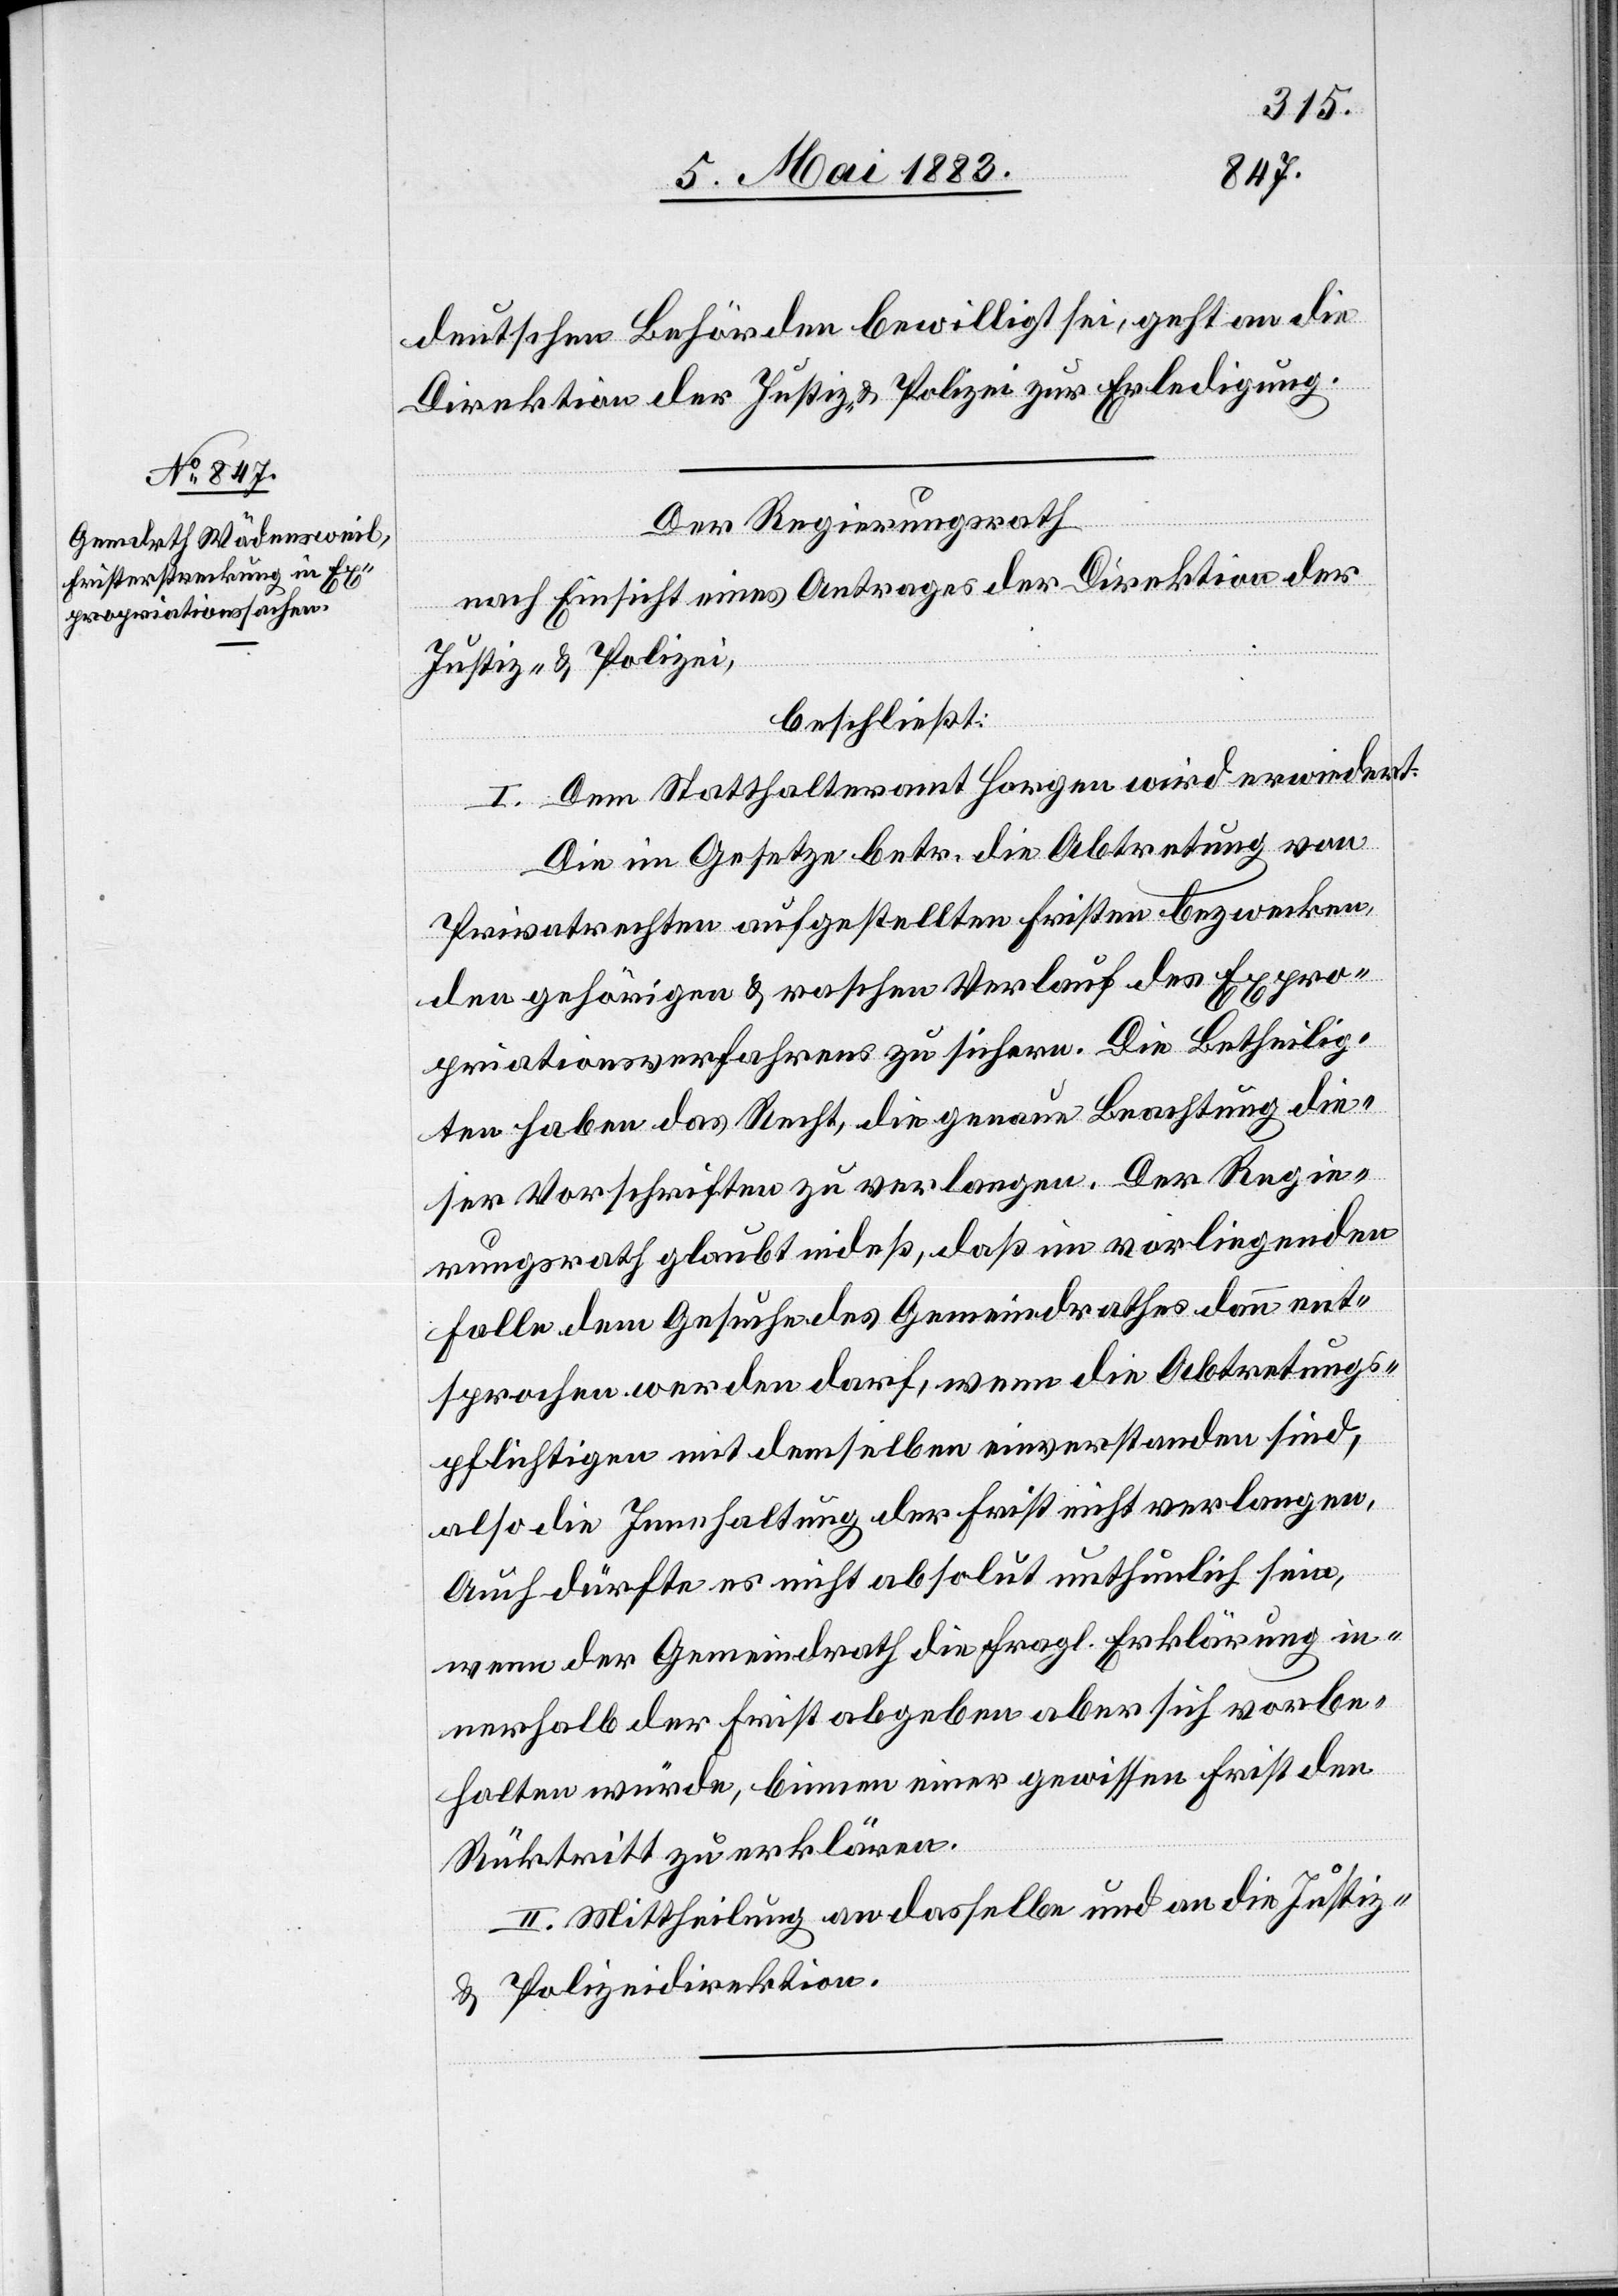
10. Mai 1883.]
deutschen Behörden bewilligt sei, geht an die
Direktion der Justiz & Polizei zur Erledigung.
Der Regierungsrath
nach Einsicht eines Antrages der Direktion der
Justiz & Polizei,
beschließt:
I. Dem Statthalteramt Horgen wird erwiedert:
Die im Gesetze betr. die Abtretung von
Privatrechten aufgestellten Fristen bezwecken,
den gehörigen & raschen Verlauf des Expro¬
priationsverfahrens zu sichern. Die Betheilig¬
ten haben das Recht, die genaue Beachtung die¬
ser Vorschriften zu verlangen. Der Regie¬
rungsrath glaubt indeß, daß im vorliegenden
Falle dem Gesuche des Gemeindrathes dann ent¬
sprochen werden darf, wenn die Abtretungs¬
pflichtigen mit demselben einverstanden sind,
also die Innehaltung der Frist nicht verlangen.
Auch dürfte es nicht absolut unthunlich sein,
wenn der Gemeindrath die fragl. Erklärung in¬
nerhalb der Frist abgeben aber sich vorbe¬
halten würde, binnen einer gewissen Frist den
Rücktritt zu erklären.
II. Mittheilung an dasselbe und an die Justiz-
& Polizeidirektion.